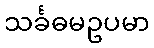
သင်္ခဓမဥပမာ